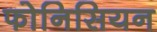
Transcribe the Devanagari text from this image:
फोनिसियन